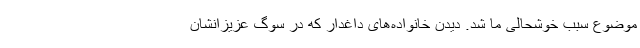
موضوع سبب خوشحالی ما شد. دیدن خانواده‌های داغدار که در سوگ عزیزانشان